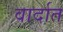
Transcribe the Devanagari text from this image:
वार्दात